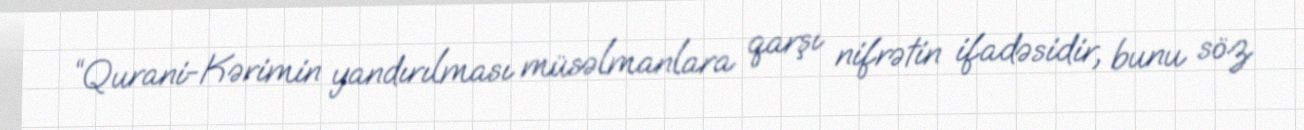
“Qurani-Kərimin yandırılması müsəlmanlara qarşı nifrətin ifadəsidir, bunu söz